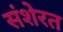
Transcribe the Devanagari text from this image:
संशेरत